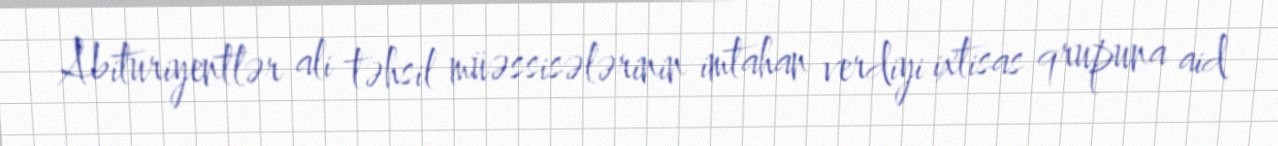
Abituriyentlər ali təhsil müəssisələrinin imtahan verdiyi ixtisas qrupuna aid